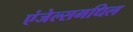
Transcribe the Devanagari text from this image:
एंजेल्समधिल